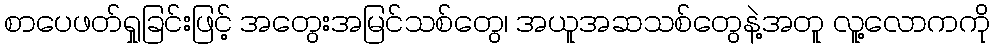
စာပေဖတ်ရှုခြင်းဖြင့် အတွေးအမြင်သစ်တွေ၊ အယူအဆသစ်တွေနဲ့အတူ လူ့လောကကို